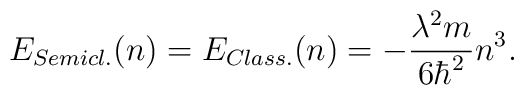
E_{Semicl.}(n)=E_{Class.}(n)=-{\lambda^2m\over 6\hbar^2}n^3.